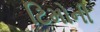
ટિમોની